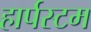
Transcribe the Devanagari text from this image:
हार्पस्टम